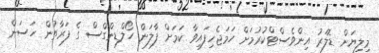
މިލިޔަން ޑޮލަރު އިންވެސްޓްކުރުމަށް ހަމަޖެހިފައިވާ ކަމަށް ފާލަން ހޯލްޑިންގްސް ގެ ފަރާތުން ހަސަން